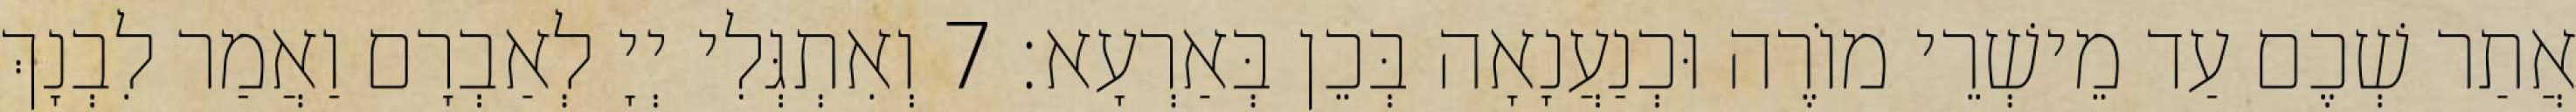
אֲתַר שְׁכֶם עַד מֵישְׁרֵי מוֹרֶה וּכְנַעֲנָאָה בְּכֵן בְּאַרְעָא׃ 7 וְאִתְגְּלִי יְיָ לְאַבְרָם וַאֲמַר לִבְנָךְ